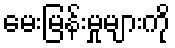
မေးမြန်းမှုများကို